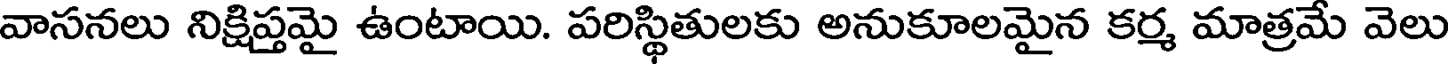
వాసనలు నిక్షిప్తమై ఉంటాయి. పరిస్థితులకు అనుకూలమైన కర్మ మాత్రమే వెలు